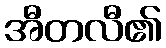
အီတလီ၏